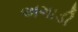
અગાડી